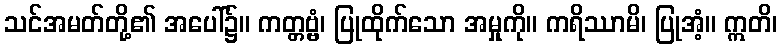
သင်အမတ်တို့၏ အပေါ်၌။ ကတ္တဗ္ဗံ၊ ပြုထိုက်သော အမှုကို။ ကရိဿာမိ၊ ပြုအံ့။ ဣတိ၊